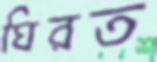
ঘিরত